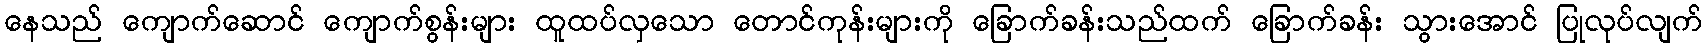
နေသည် ကျောက်ဆောင် ကျောက်စွန်းများ ထူထပ်လှသော တောင်ကုန်းများကို ခြောက်ခန်းသည်ထက် ခြောက်ခန်း သွားအောင် ပြုလုပ်လျက်